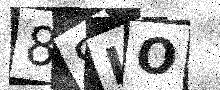
Text: 8SLO